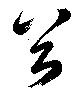
谷